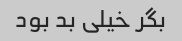
بگر‌ خیلی بد بود